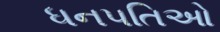
ધનપતિઓ